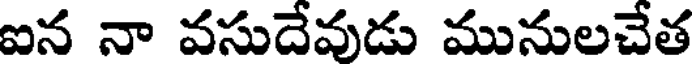
ఐన నా వసుదేవుడు మునులచేత